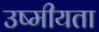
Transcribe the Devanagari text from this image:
उष्मीयता